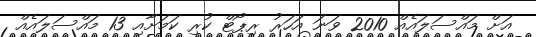
އަށް މައްސަލައެއް 2010 ވަނަ އަހަރު ރިޕޯޓް ކުރި ކަމަށާއި 13 މައްސަލައެއް